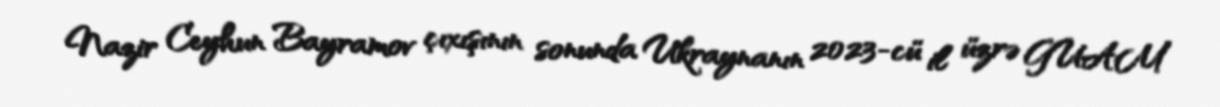
Nazir Ceyhun Bayramov çıxışının sonunda Ukraynanın 2023-cü il üzrə GUAM